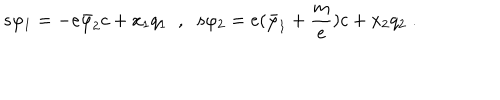
LaTeX: s \varphi _ { 1 } = - e \bar { \varphi } _ { 2 } c + x _ { 1 } q _ { 1 } \; \; , \; \; s \varphi _ { 2 } = e ( \bar { \varphi } _ { 1 } + \frac m e ) c + x _ { 2 } q _ { 2 } \; .